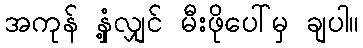
အကုန် နှံ့လျှင် မီးဖိုပေါ်မှ ချပါ။